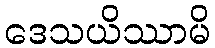
ဒေသယိဿာမိ